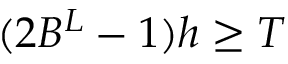
( 2 B ^ { L } - 1 ) h \ge T